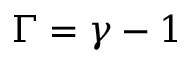
\Gamma = \gamma - 1